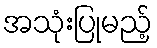
အသုံးပြုမည့်